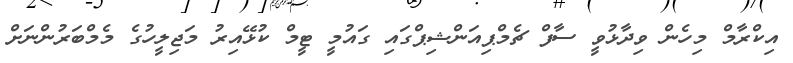
އިކްރާމް މިހެން ވިދާޅުވީ ސާފް ޗެމްޕިއަންޝިޕްގައި ގައުމީ ޓީމް ކުޅޭއިރު މަޖިލީހުގެ މެމްބަރުންނަށް